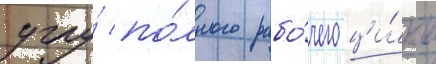
углу́ по́лного рабо́чего ци́кла